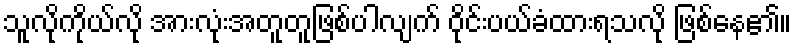
သူလိုကိုယ်လို အားလုံးအတူတူဖြစ်ပါလျက် ဝိုင်းပယ်ခံထားရသလို ဖြစ်နေ၏။